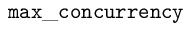
\mathtt { m a x \_ c o n c u r r e n c y }